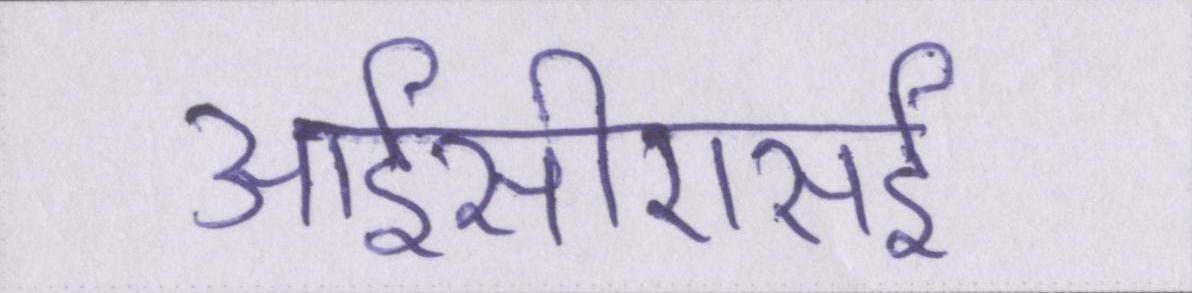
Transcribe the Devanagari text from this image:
आईसीएसई